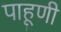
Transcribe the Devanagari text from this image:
पाहूणी